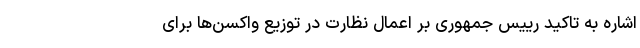
اشاره به تاکید رییس جمهوری بر اعمال نظارت در توزیع واکسن‌ها برای